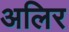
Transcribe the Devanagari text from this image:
अलिर